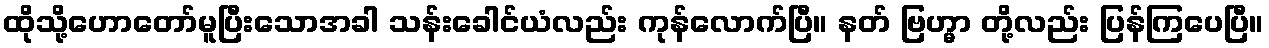
ထိုသို့ဟောတော်မူပြီးသောအခါ သန်းခေါင်ယံလည်း ကုန်လောက်ပြီ။ နတ် ဗြဟ္မာ တို့လည်း ပြန်ကြပေပြီ။